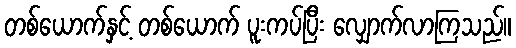
တစ်ယောက်နှင့် တစ်ယောက် ပူးကပ်ပြီး လျှောက်လာကြသည်။